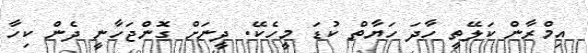
އިމްރާން ކަލޭތީ ހާދަ ހަޔާތް ކުޑަ މީހެކޭ. ދީނަށް ގޮންޖަހާނީ ދެން ކިހާ